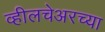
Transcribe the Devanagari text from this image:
व्हीलचेअरच्या